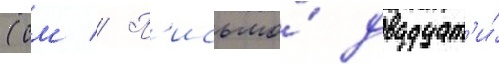
(см // П'исьмо́ двадцат'и́